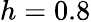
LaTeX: h=0.8